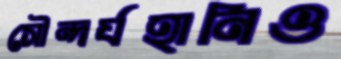
সৌন্দর্যহানিও